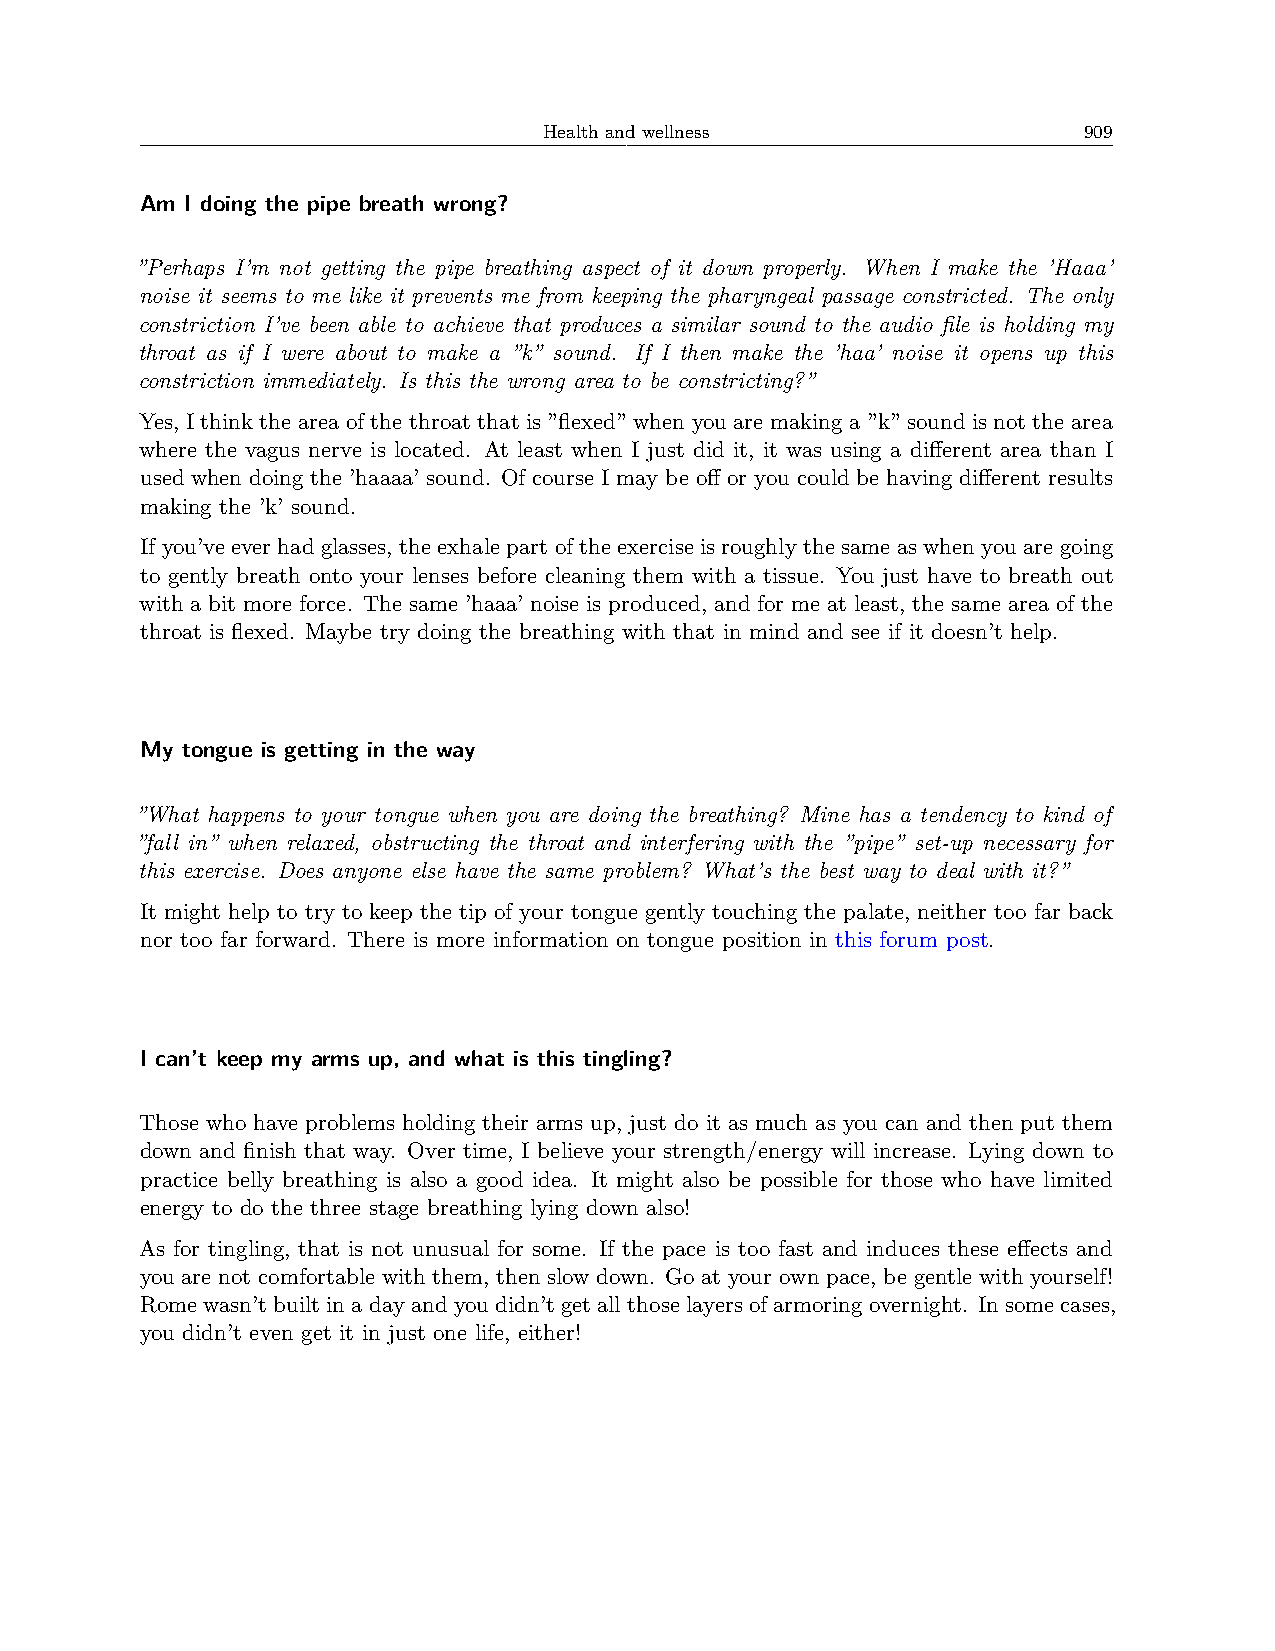
Health and wellness                 909
 Am I doing the pipe breath wrong?
 ”Perhaps I’m not getting the pipe breathing aspect of it down properly. When I make the ’Haaa’
 noise it seems to me like it prevents me from keeping the pharyngeal passage constricted. The only
 constriction I’ve been able to achieve that produces a similar sound to the audio file is holding my
 throat as if I were about to make a ”k” sound. If I then make the ’haa’ noise it opens up this
 constriction immediately. Is this the wrong area to be constricting?”
 Yes, I think the area of the throat that is ”flexed” when you are making a ”k” sound is not the area
 where the vagus nerve is located. At least when I just did it, it was using a different area than I
 used when doing the ’haaaa’ sound. Of course I may be off or you could be having different results
 making the ’k’ sound.
 If you’ve ever had glasses, the exhale part of the exercise is roughly the same as when you are going
 to gently breath onto your lenses before cleaning them with a tissue. You just have to breath out
 with a bit more force. The same ’haaa’ noise is produced, and for me at least, the same area of the
 throat is flexed. Maybe try doing the breathing with that in mind and see if it doesn’t help.
 My tongue is getting in the way
 ”What happens to your tongue when you are doing the breathing? Mine has a tendency to kind of
 ”fall in” when relaxed, obstructing the throat and interfering with the ”pipe” set-up necessary for
 this exercise. Does anyone else have the same problem? What’s the best way to deal with it?”
 It might help to try to keep the tip of your tongue gently touching the palate, neither too far back
 nor too far forward. There is more information on tongue position in this forum post.
 I can’t keep my arms up, and what is this tingling?
 Those who have problems holding their arms up, just do it as much as you can and then put them
 down and finish that way. Over time, I believe your strength/energy will increase. Lying down to
 practice belly breathing is also a good idea. It might also be possible for those who have limited
 energy to do the three stage breathing lying down also!
 As for tingling, that is not unusual for some. If the pace is too fast and induces these effects and
 you are not comfortable with them, then slow down. Go at your own pace, be gentle with yourself!
 Rome wasn’tbuilt in a dayand youdidn’t get all those layersof armoring overnight. In some cases,
 you didn’t even get it in just one life, either!